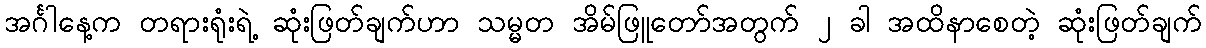
အင်္ဂါနေ့က တရားရုံးရဲ့ ဆုံးဖြတ်ချက်ဟာ သမ္မတ အိမ်ဖြူတော်အတွက် ၂ ခါ အထိနာစေတဲ့ ဆုံးဖြတ်ချက်